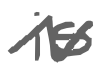
Text: is
Cross-out: mix
Writing tool: digital_gray